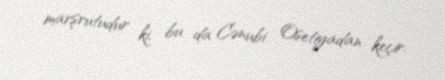
marşrutudur ki, bu da Cənubi Osetiyadan keçir.